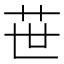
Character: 𦭓